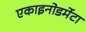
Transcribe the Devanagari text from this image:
एकाइनोडर्मेटा